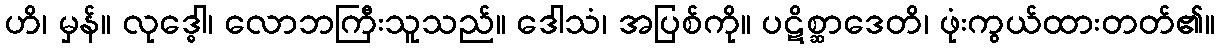
ဟိ၊ မှန်။ လုဒ္ဓေါ၊ လောဘကြီးသူသည်။ ဒေါသံ၊ အပြစ်ကို။ ပဋိစ္ဆာဒေတိ၊ ဖုံးကွယ်ထားတတ်၏။